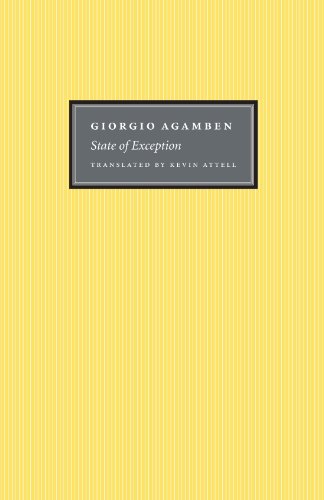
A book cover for State of Exception; Giorgio Agamben; Law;